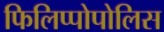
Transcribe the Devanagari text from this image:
फिलिप्पोपोलिस